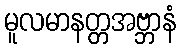
မူလမာနတ္တအဗ္ဘာနံ